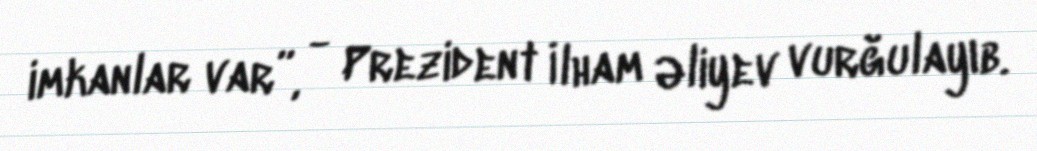
imkanlar var”, - Prezident İlham Əliyev vurğulayıb.